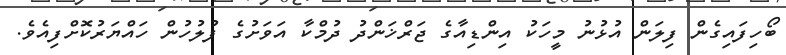
ބޯހިފައިގެން ފިލަން އުޅުނު މީހަކު އިންޑިއާގެ ޖަރްޚަންދު ދުމްކާ އަވަށުގެ ފުލުހުން ހައްޔަރުކޮށްފިއެވެ.